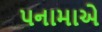
પનામાએ